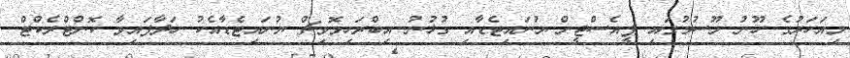
މިއަހަރުގެ ހޫނު މޫސުމުގައި ޕީއެސްޖީން ޔުނައިޓެޑާއި ގުޅުނު އިބްރަހިމޮވިޗް ޔުނައިޓެޑާއެކު ހަދާފައިވާ ކޮންޓްރެކްޓް